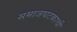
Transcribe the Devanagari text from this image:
समाजघटकाची